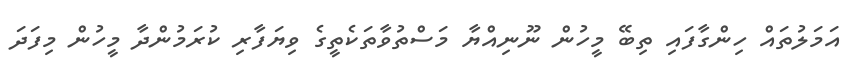
އަމަލުތައް ހިންގާފައި ތިބޭ މީހުން ނޫނިއްޔާ މަސްތުވާތަކެތީގެ ވިޔަފާރި ކުރަމުންދާ މީހުން މިފަދަ